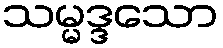
သမ္မဒ္ဒသော